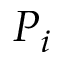
P _ { i }